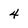
Character: 4